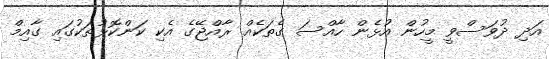
އަދި ދުވަސްވީ މީހުން އުޅެން ހާއްސަ ގެތަކެއް ރާއްޖޭގެ އެކި ކަންކޮޅުތަކުގައި ގާއިމް